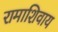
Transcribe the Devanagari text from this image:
रामाशिवाय